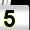
Digit: 5